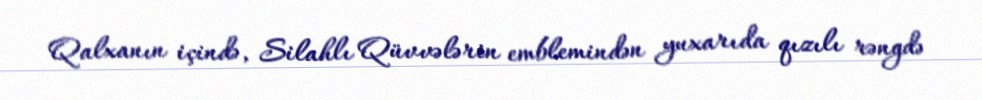
Qalxanın içində, Silahlı Qüvvələrin emblemindən yuxarıda qızılı rəngdə